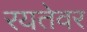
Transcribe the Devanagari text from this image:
रयतेवर